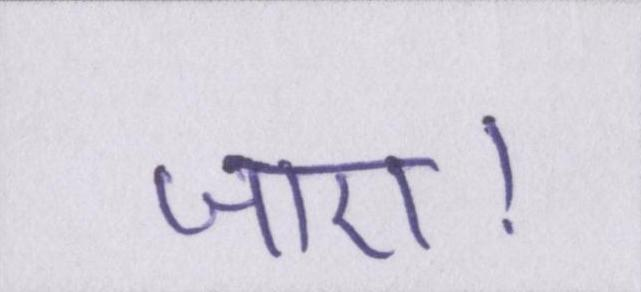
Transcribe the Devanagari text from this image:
जाए।